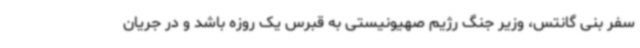
سفر بنی گانتس، وزیر جنگ رژیم صهیونیستی به قبرس یک روزه باشد و در جریان